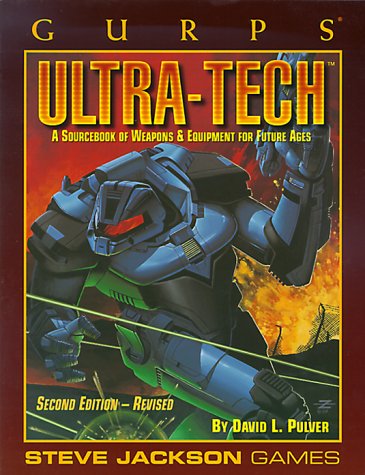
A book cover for GURPS Ultra-Tech: A Sourcebook of Weapons & Equipment for Future Ages; David L. Pulver; Science Fiction & Fantasy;